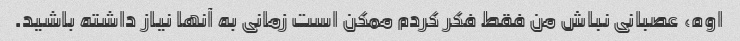
اوه، عصبانی نباش من فقط فکر کردم ممکن است زمانی به آنها نیاز داشته باشید.